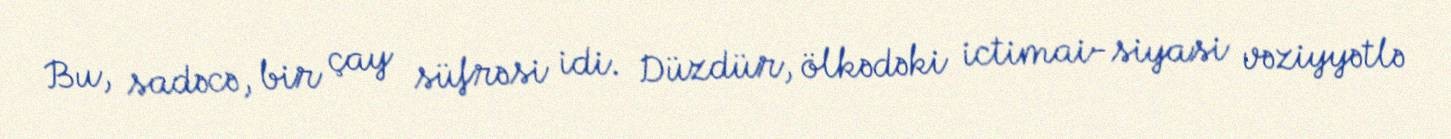
Bu, sadəcə, bir çay süfrəsi idi. Düzdür, ölkədəki ictimai-siyasi vəziyyətlə